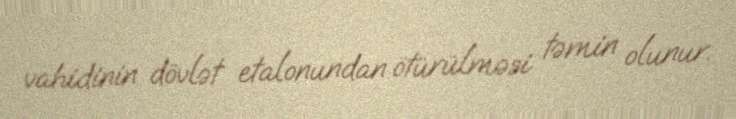
vahidinin dövlət etalonundan ötürülməsi təmin olunur.